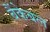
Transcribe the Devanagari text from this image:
बैंकेबल